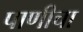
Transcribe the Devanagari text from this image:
पाणीचा